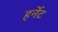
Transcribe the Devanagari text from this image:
हर्नेट